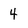
Character: 4